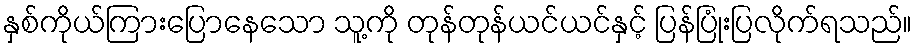
နှစ်ကိုယ်ကြားပြောနေသော သူ့ကို တုန်တုန်ယင်ယင်နှင့် ပြန်ပြုံးပြလိုက်ရသည်။